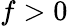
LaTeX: f>0